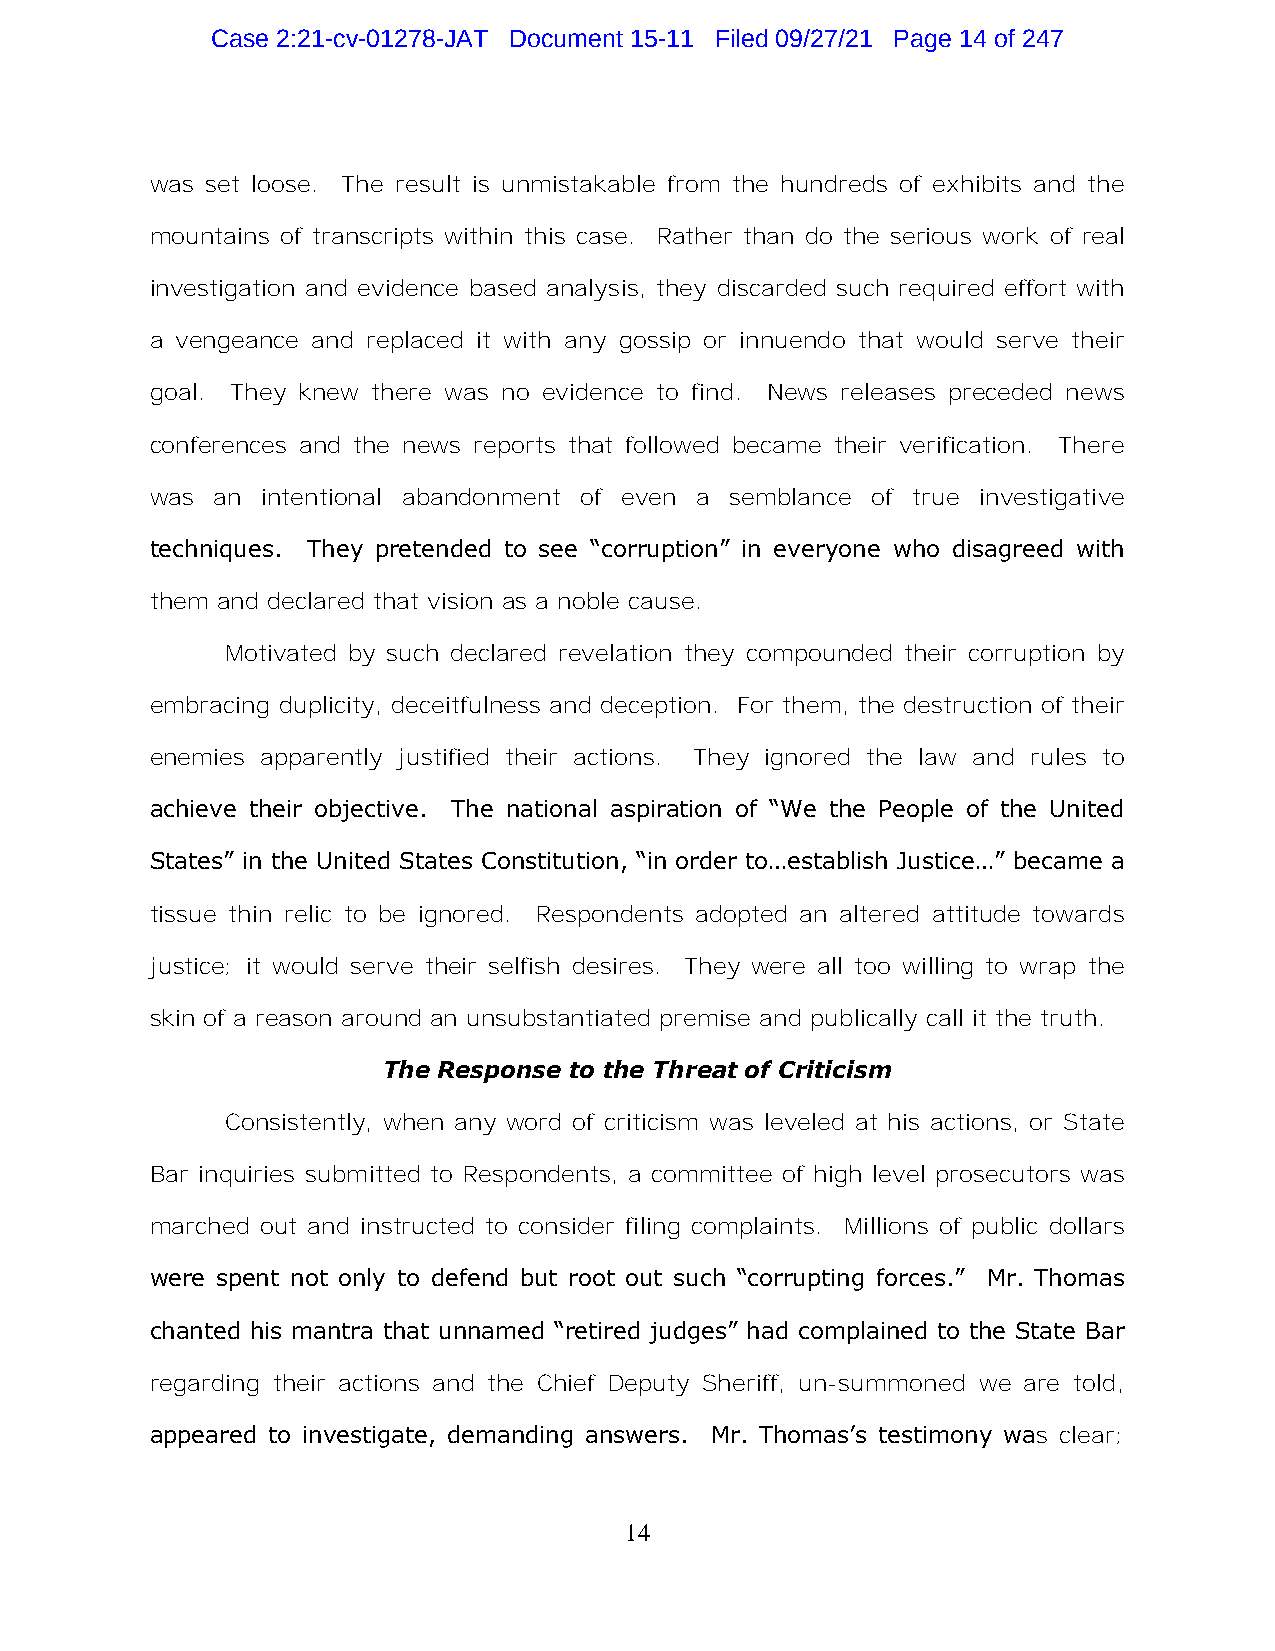
Case 2:21-cv-01278-JAT Document 15-11 Filed 09/27/21 Page 14 of 247
 was set loose. The result is unmistakable from the hundreds of exhibits and the
 mountains of transcripts within this case. Rather than do the serious work of real
 investigation and evidence based analysis, they discarded such required effort with
 a vengeance and replaced it with any gossip or innuendo that would serve their
 goal. They knew there was no evidence to find. News releases preceded news
 conferences and the news reports that followed became their verification. There
 was an intentional abandonment of even a semblance of true investigative
 techniques. They pretended to see “corruption” in everyone who disagreed with
 them and declared that vision as a noble cause.
 Motivated by such declared revelation they compounded their corruption by
 embracing duplicity, deceitfulness and deception. For them, the destruction of their
 enemies apparently justified their actions. They ignored the law and rules to
 achieve their objective. The national aspiration of “We the People of the United
 States” in the United States Constitution, “in order to…establish Justice…” became a
 tissue thin relic to be ignored. Respondents adopted an altered attitude towards
 justice; it would serve their selfish desires. They were all too willing to wrap the
 skin of a reason around an unsubstantiated premise and publically call it the truth.
 The Response to the Threat of Criticism
 Consistently, when any word of criticism was leveled at his actions, or State
 Bar inquiries submitted to Respondents, a committee of high level prosecutors was
 marched out and instructed to consider filing complaints. Millions of public dollars
 were spent not only to defend but root out such “corrupting forces.” Mr. Thomas
 chanted his mantra that unnamed “retired judges” had complained to the State Bar
 regarding their actions and the Chief Deputy Sheriff, un-summoned we are told,
 appeared to investigate, demanding answers. Mr. Thomas’s testimony was clear;
 14